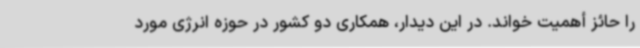
را حائز أهمیت خواند. در این دیدار، همکاری دو کشور در حوزه انرژی مورد